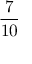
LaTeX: \frac { 7 } { 1 0 }